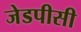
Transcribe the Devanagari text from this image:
जेडपीसी